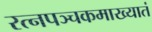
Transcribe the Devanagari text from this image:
रत्‍नपञ्चकमाख्यातं